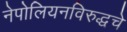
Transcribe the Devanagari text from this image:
नेपोलियनविरुद्धचे